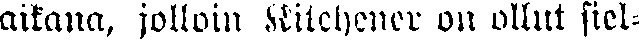
aikana, jolloin Kitchener on ollut siel-